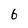
Character: 6